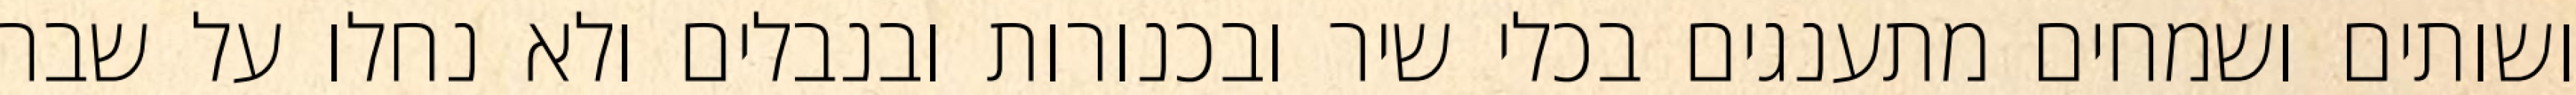
ושותים ושמחים מתענגים בכלי שיר ובכנורות ובנבלים ולא נחלו על שבר